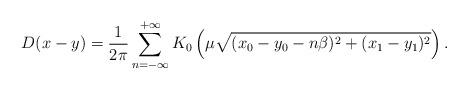
\begin{align*}D(x-y) = \frac{1}{2\pi}\sum^{+\infty}_{n=-\infty}K_0\left(\mu\sqrt{(x_0 - y_0 -n\beta)^2 + (x_1 - y_1)^2}\right).\end{align*}